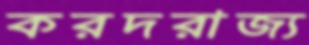
করদরাজ্য